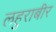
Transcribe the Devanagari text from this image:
लहुराबीर